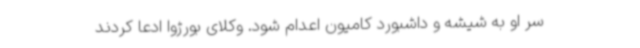
سر او به شیشه و داشبورد کامیون اعدام شود. وکلای بورژوا ادعا کردند